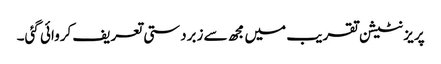
پریزنٹیشن تقریب میں مجھ سے زبردستی تعریف کروائی گئی۔